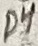
Text: D4